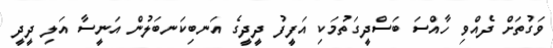
ވަގުތަށް ދެއްވި ހާއްސަ ބަސްދީގަތުމަކި އަފީފު ދީދީގެ އަނބިކަނބަލުން އަނީސާ އަލި ދީދީ